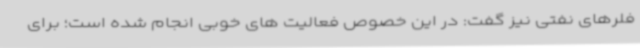
فلرهای نفتی نیز گفت: در این خصوص فعالیت های خوبی انجام شده است؛ برای